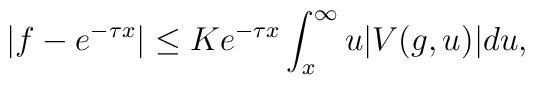
|f-e^{-\tau x}|\leq Ke^{-\tau x}\int_{x}^{\infty}u|V(g,u)|du,